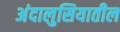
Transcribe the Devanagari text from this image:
अंदालुसियातील